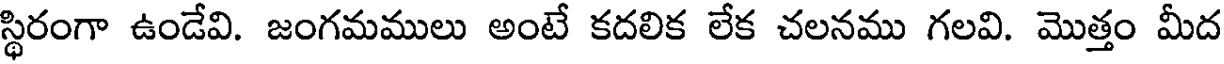
స్థిరంగా ఉండేవి. జంగమములు అంటే కదలిక లేక చలనము గలవి. మొత్తం మీద